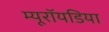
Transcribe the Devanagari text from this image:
म्यूरॉयडिया